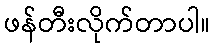
ဖန်တီးလိုက်တာပါ။